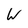
Character: W